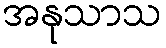
အနုသာသ